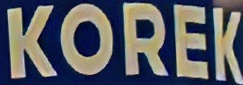
KOREK